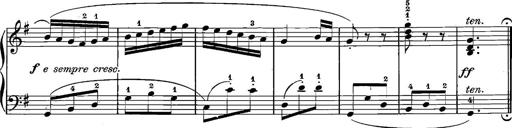
Title: 12 Sonatinas
Composer: Ignaz Pleyel